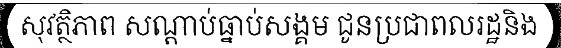
សុវត្ថិភាព សណ្តាប់ធ្នាប់សង្គម ជូនប្រជាពលរដ្ឋនិង